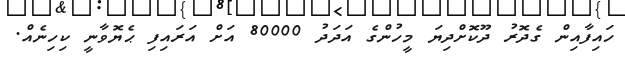
ހައިފާއިން ގެދޮރު ދޫކޮށްދިޔަ މީހުންގެ އަދަދު 80000 އަށް އަރައިފި ޙެޔޮވާނީ ކިހިނެއް.